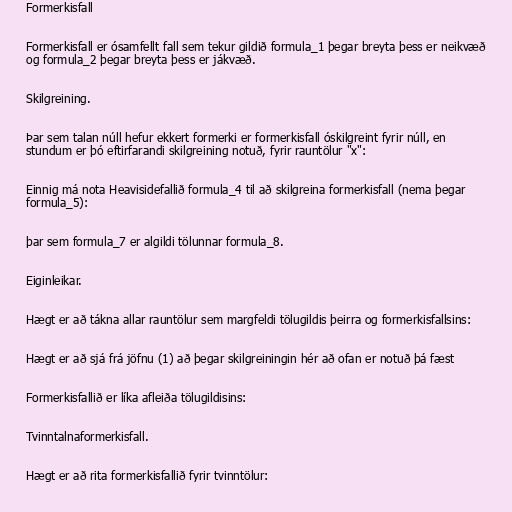
Formerkisfall

Formerkisfall er ósamfellt fall sem tekur gildið formula_1 þegar breyta þess er neikvæð
og formula_2 þegar breyta þess er jákvæð.

Skilgreining.

Þar sem talan núll hefur ekkert formerki er formerkisfall óskilgreint fyrir núll, en
stundum er þó eftirfarandi skilgreining notuð, fyrir rauntölur "x":

Einnig má nota Heavisidefallið formula_4 til að skilgreina formerkisfall (nema þegar
formula_5):

þar sem formula_7 er algildi tölunnar formula_8.

Eiginleikar.

Hægt er að tákna allar rauntölur sem margfeldi tölugildis þeirra og formerkisfallsins:

Hægt er að sjá frá jöfnu (1) að þegar skilgreiningin hér að ofan er notuð þá fæst

Formerkisfallið er líka afleiða tölugildisins:

Tvinntalnaformerkisfall.

Hægt er að rita formerkisfallið fyrir tvinntölur: